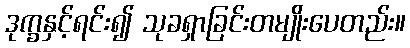
ဒုက္ခနှင့်ရင်း၍ သုခရှာခြင်းတမျိုးပေတည်း။